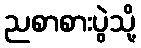
ညစာစားပွဲသို့